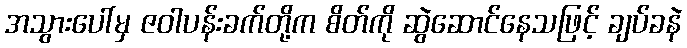
အသွားပေါ်မှ ဇဝါပန်းခက်တို့က စိတ်ကို ဆွဲဆောင်နေသဖြင့် ချပ်ခနဲ